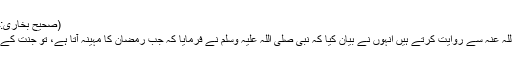
(صحیح بخاری:جلد اول:حدیث نمبر 37 )
حضرت ابوہریرہ رضی اللہ عنہ سے روایت کرتے ہیں انہوں نے بیان کیا کہ نبی صلی اللہ علیہ وسلم نے فرمایا کہ جب رمضان کا مہینہ آتا ہے، تو جنت کے دروازے کھل جاتے ہیں۔